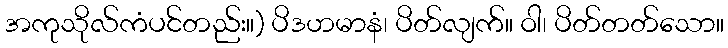
အကုသိုလ်ကံပင်တည်း။) ပိဒဟမာနံ၊ ပိတ်လျက်။ ဝါ၊ ပိတ်တတ်သော။